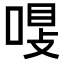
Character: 𠷾